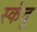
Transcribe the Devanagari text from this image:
स्कंदु